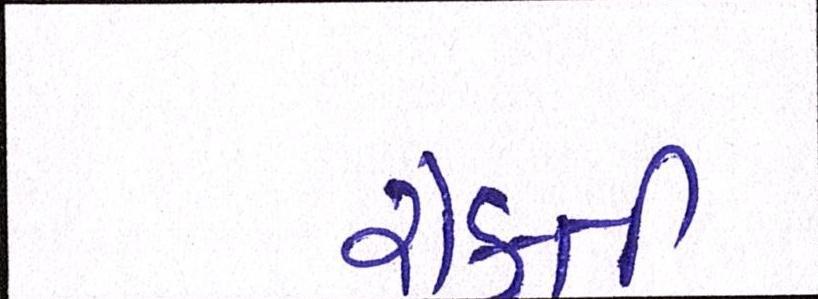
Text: રોકતી